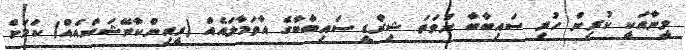
މީނާއަކީ ކުރިން ހުރި ސައިބާބާ ނުވަތަ ޝިރްޑީ ސައިބާބާގެ އާތަމާލައެއް (ރީއިންކާނޭޝަންއެއް) ކަމަށް